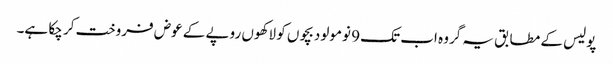
پولیس کے مطابق یہ گروہ اب تک 9 نومولود بچوں کو لاکھوں روپے کے عوض فروخت کر چکا ہے۔